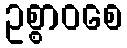
ဥစ္စာဝစေ